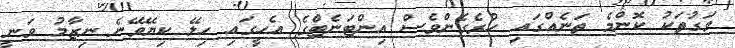
ވަގުތަކު ކޮންމެ ތަނެއްގައި ހުރެގެންވެސް އިންޓަނެޓްގެ އެހީގައި ހިލޭ ކިޔޭވޭނެ ނިޒާމު ވަނީ